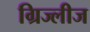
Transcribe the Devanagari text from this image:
ग्रिज्लीज